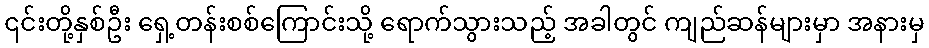
၎င်းတို့နှစ်ဦး ရှေ့တန်းစစ်ကြောင်းသို့ ရောက်သွားသည့် အခါတွင် ကျည်ဆန်များမှာ အနားမှ